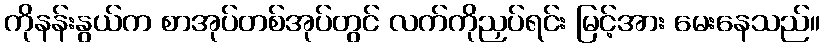
ကိုနန်းနွယ်က စာအုပ်တစ်အုပ်တွင် လက်ကိုညှပ်ရင်း မြင့်အား မေးနေသည်။